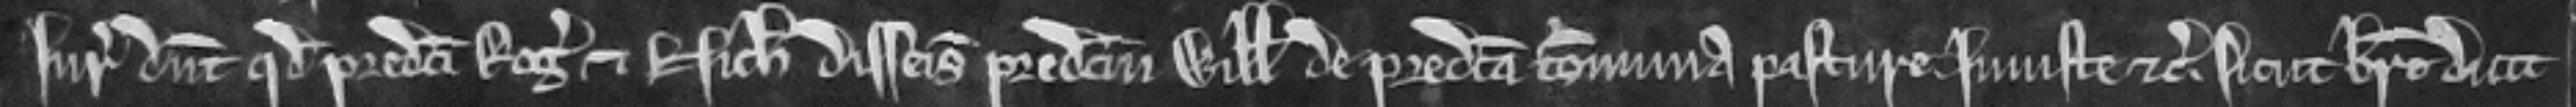
Juratores dicunt quod predicti Rogerus et Nicholaus disseisiverunt predictum Willelmum de predicta communa pasture injuste etc. sicut breve dicit.